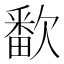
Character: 𬅱